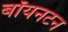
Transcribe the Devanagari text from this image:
बॉयनटन